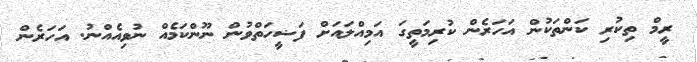
ރީމް ތިކުރި ކަންތަކުން އަހަރެން ކުރިމަތީގަ އަމިއްލައަށް ފަޟީހަތްވުން ނޫންކަމެއް ނުވިއެއްނު. އަހަރެން